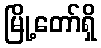
မြို့တော်ရှိ